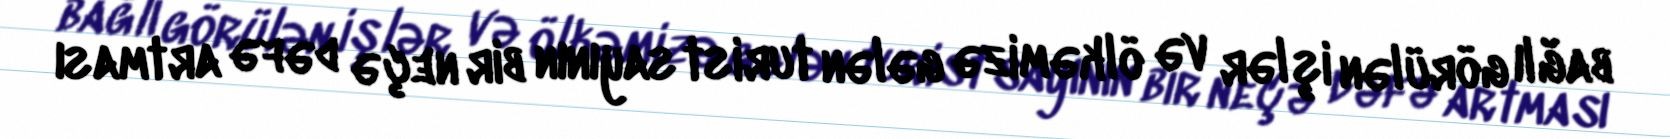
bağlı görülən işlər və ölkəmizə gələn turist sayının bir neçə dəfə artması